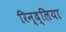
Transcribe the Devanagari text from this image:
रिन्द्लिया